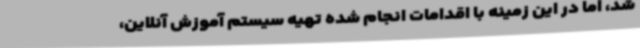
شد، اما در این زمینه با اقدامات انجام شده تهیه سیستم آموزش آنلاین،